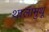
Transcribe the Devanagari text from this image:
थालामुथू